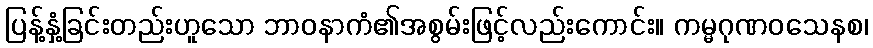
ပြန့်နှံ့ခြင်းတည်းဟူသော ဘာဝနာကံ၏အစွမ်းဖြင့်လည်းကောင်း။ ကမ္မဂုဏဝသေနစ၊